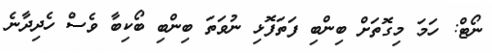
ނޯޓް: ހަމަ މިގޮތަށް ބިންބި ފަތަފޮޅި ނުވަތަ ބިންބި ބޯކިބާ ވެސް ހެދިދާނެ